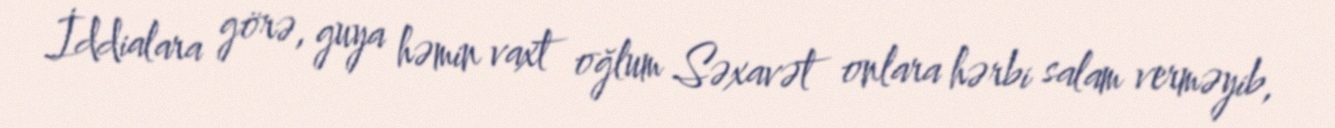
İddialara görə, guya həmin vaxt oğlum Səxavət onlara hərbi salam verməyib,